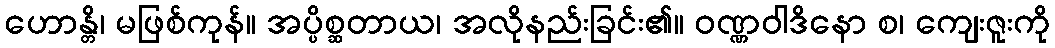
ဟောန္တိ၊ မဖြစ်ကုန်။ အပ္ပိစ္ဆတာယ၊ အလိုနည်းခြင်း၏။ ဝဏ္ဏဝါဒိနော စ၊ ကျေးဇူးကို